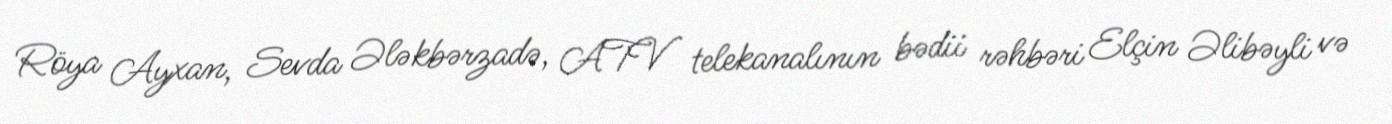
Röya Ayxan, Sevda Ələkbərzadə, ATV telekanalının bədii rəhbəri Elçin Əlibəyli və